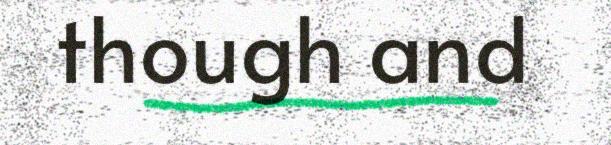
though and